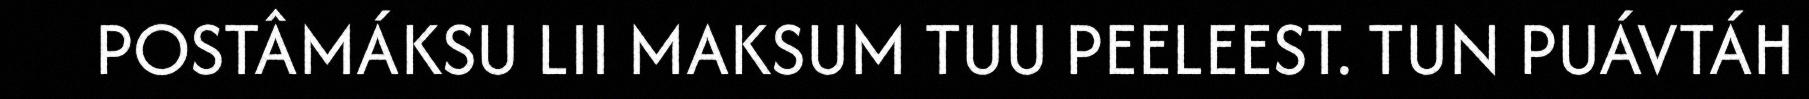
POSTÂMÁKSU LII MAKSUM TUU PEELEEST. TUN PUÁVTÁH